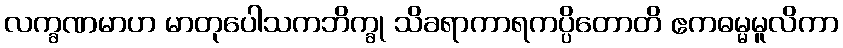
လက္ခဏမာဟ မာတုပေါသကဘိက္ခု သိခရာကာရကပ္ပိတောတိ ဧကဓမ္မမူလိကာ